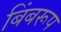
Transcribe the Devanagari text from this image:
बिंबरूप